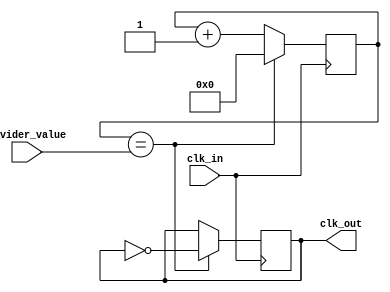
module fractional_clock_divider (
    input wire clk_in,
    input wire [7:0] divider_value,
    output reg clk_out
);

reg [7:0] count;

always @ (posedge clk_in) begin
    if (count == divider_value) begin
        count <= 0;
        clk_out <= ~clk_out;
    end else begin
        count <= count + 1;
    end
end

endmodule